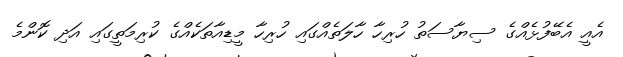
އެއީ އެބޭފުޅެއްގެ ސިޔާސަތު ހުރިހާ ހާލަތެއްގައި ހުރިހާ މީޑިއާތަކެއްގެ ކުރިމަތީގައި އަދި ކޮންމެ